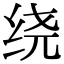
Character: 绕